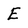
Character: E